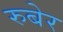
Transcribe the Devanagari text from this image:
रुबेर